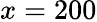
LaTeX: x=200